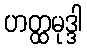
ဟတ္ထမုဒ္ဒါ